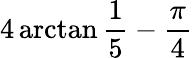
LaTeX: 4\arctan{\frac{1}{5}}-{\frac{\pi}{4}}